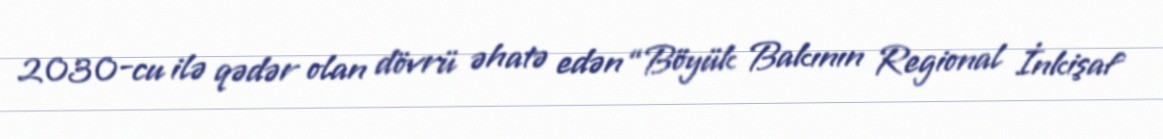
2030-cu ilə qədər olan dövrü əhatə edən “Böyük Bakının Regional İnkişaf